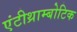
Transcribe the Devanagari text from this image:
एंटीथ्राम्बोटिक